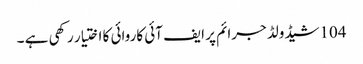
104شیڈولڈ جرائم پر ایف آئی کاروائی کا اختیار رکھی ہے ۔